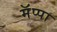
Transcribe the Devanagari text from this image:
मॅप्पा